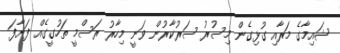
ޝައިމާގެ މަރާއި ގުޅިގެން މިސުރު ސަރުކާރުން ވަނީ މިހާރު ރަސްމީ ތަހުގީގެއް ފަށާފަ